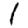
Digit: 1